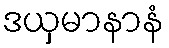
ဒယှမာနာနံ